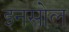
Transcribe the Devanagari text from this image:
इनसोल